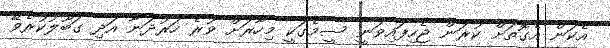
އެކަން އެގޮތަށް ކުރަން ޖެހިފައިވަނީ ސީމެގަކީ މިހާރަށް ވުރެ ހަރުދަނާ އަދި ގަބޫލުކުރެވޭ